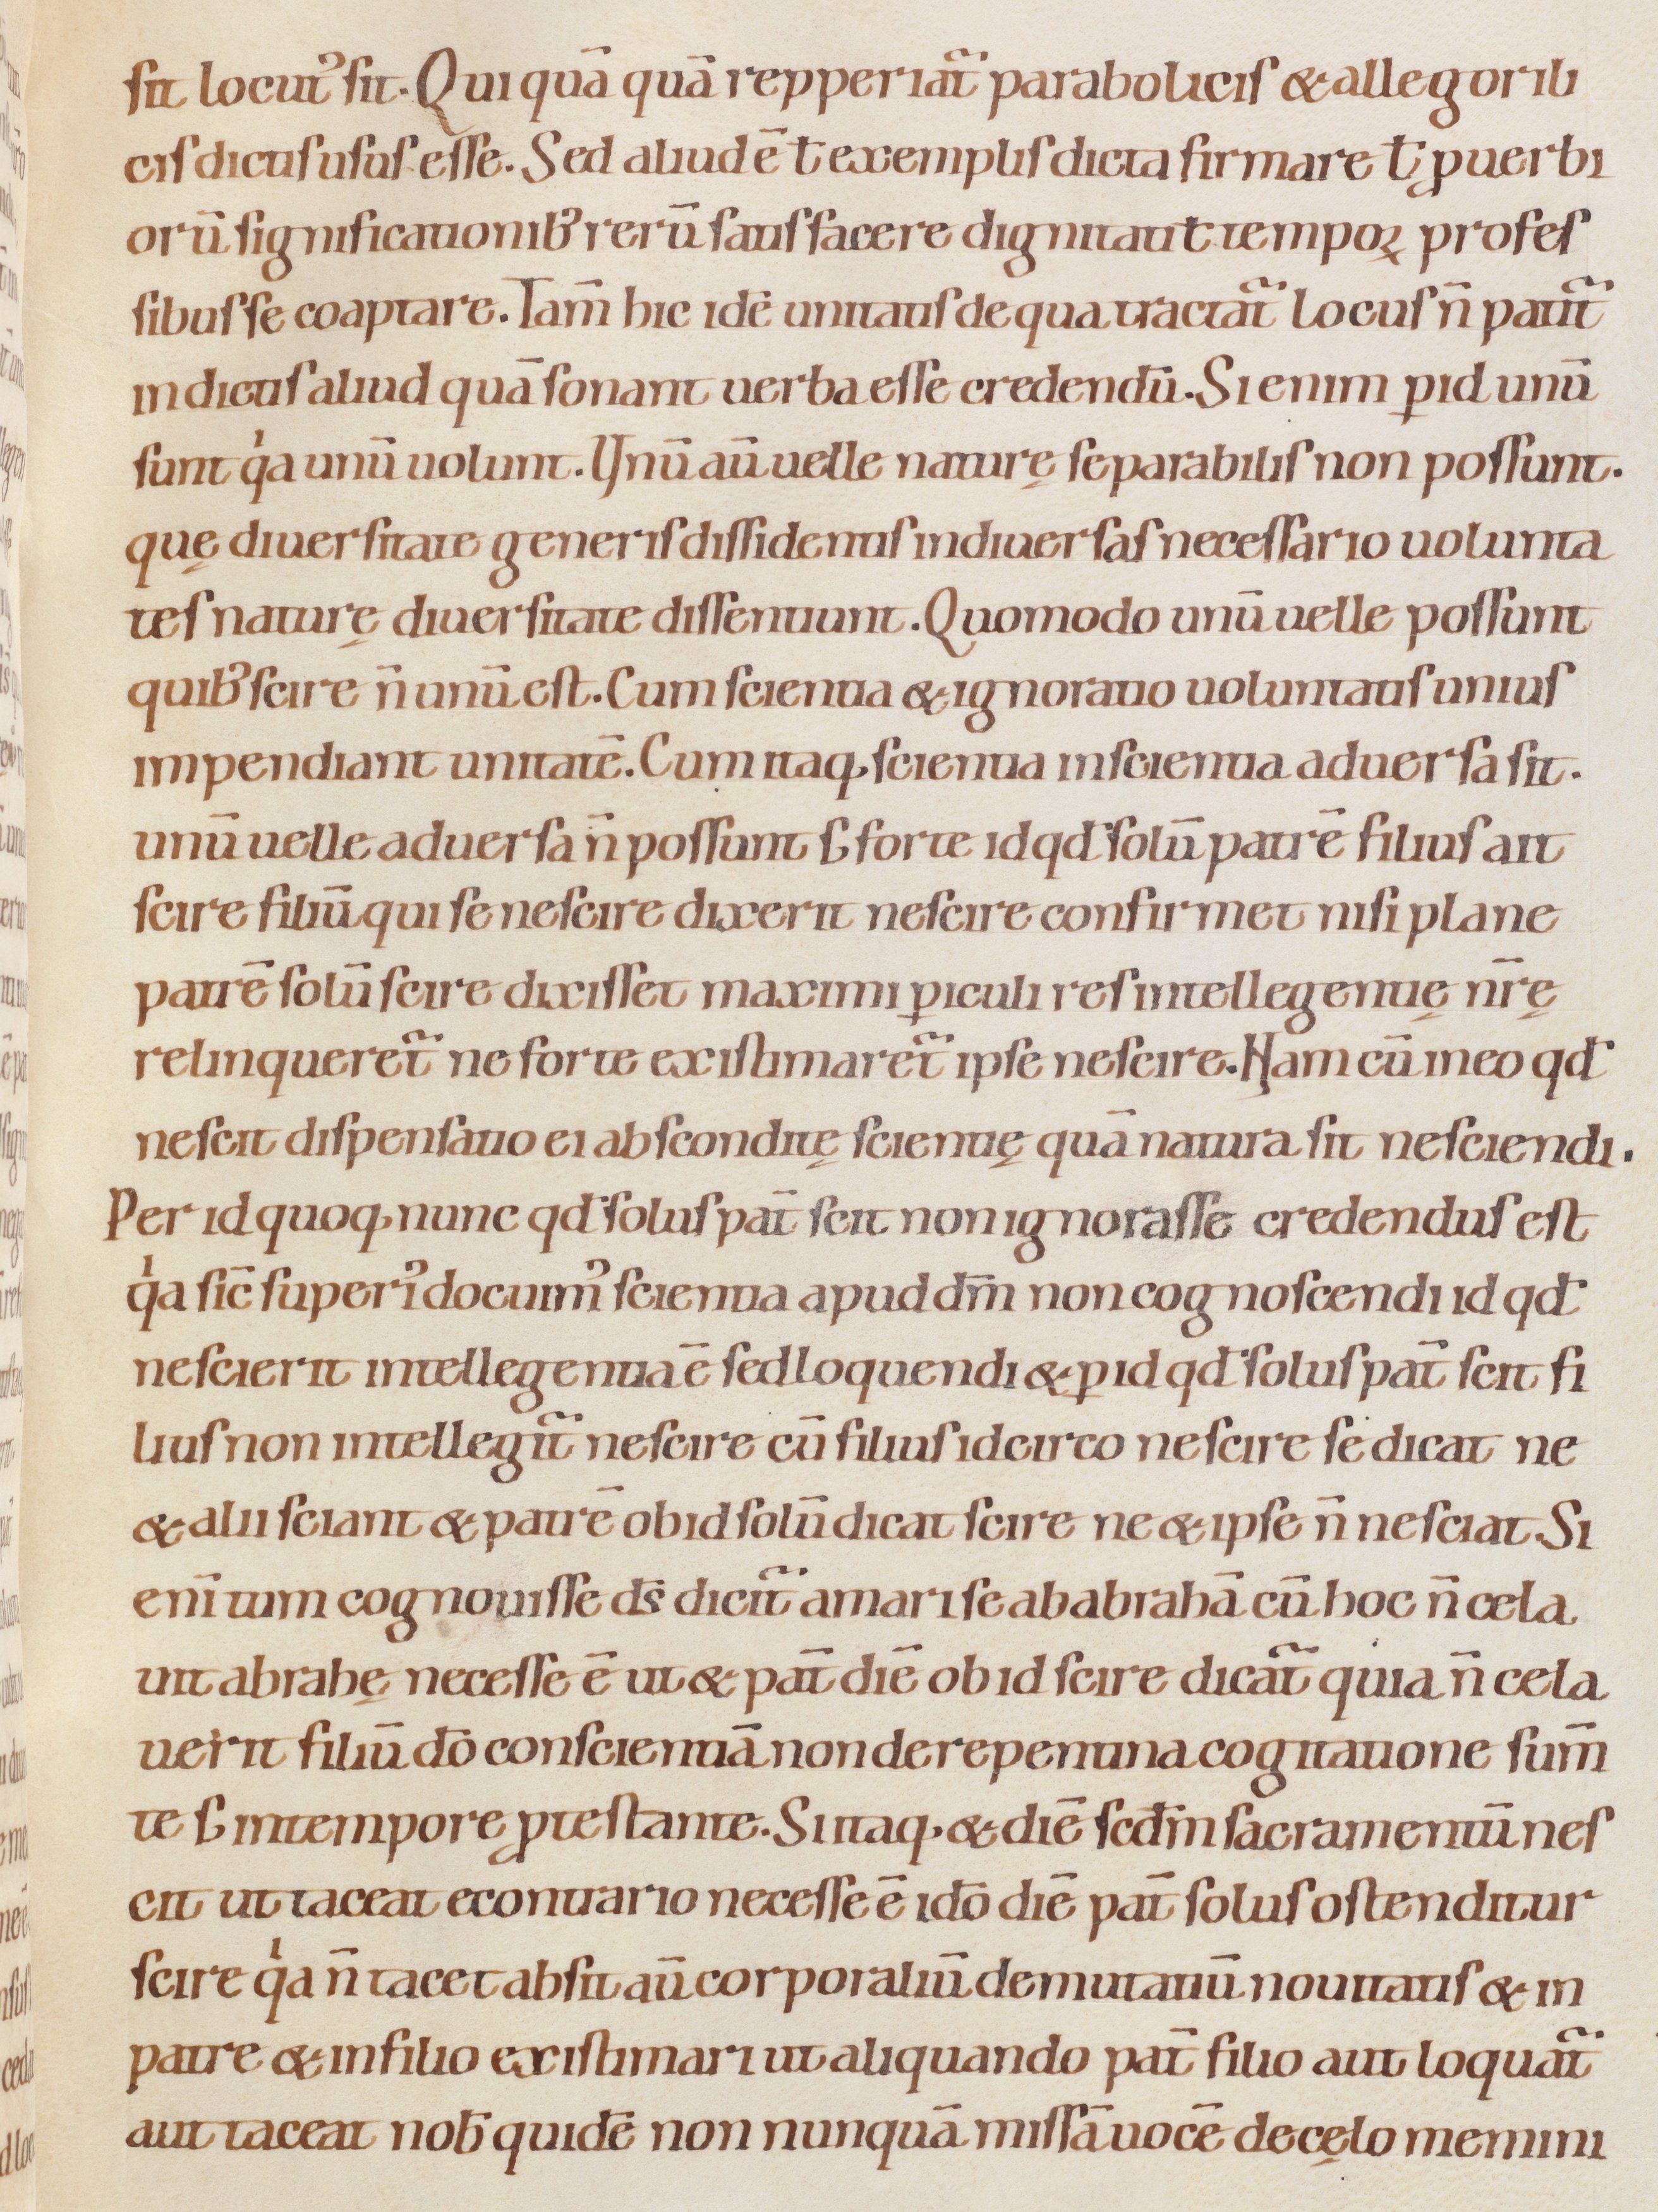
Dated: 1080–1096